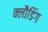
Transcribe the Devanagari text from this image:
क्लौडिंग